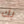
بك